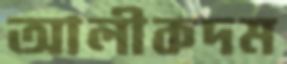
আলীকদম